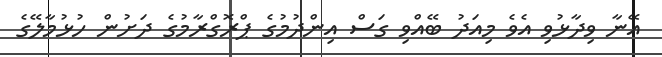
އޭނާ ވިދާޅުވި އެވެ މިއަދު ބޭއްވި ގަސް އިންދުމުގެ ޕްރޮގްރާމުގެ ދަށުން ހުޅުމާލޭގެ